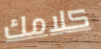
كلامك